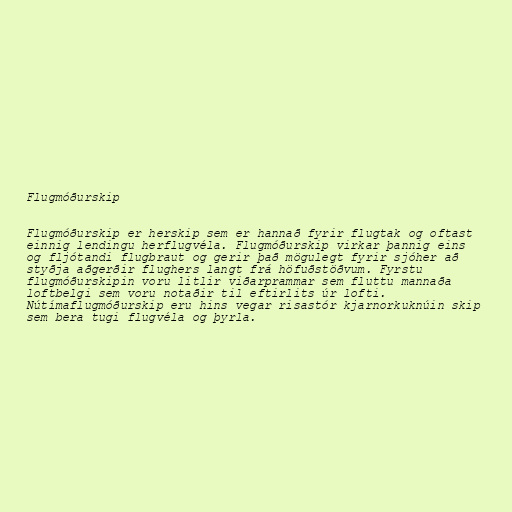
Flugmóðurskip

Flugmóðurskip er herskip sem er hannað fyrir flugtak og oftast
einnig lendingu herflugvéla. Flugmóðurskip virkar þannig eins
og fljótandi flugbraut og gerir það mögulegt fyrir sjóher að
styðja aðgerðir flughers langt frá höfuðstöðvum. Fyrstu
flugmóðurskipin voru litlir viðarprammar sem fluttu mannaða
loftbelgi sem voru notaðir til eftirlits úr lofti.
Nútímaflugmóðurskip eru hins vegar risastór kjarnorkuknúin skip
sem bera tugi flugvéla og þyrla.